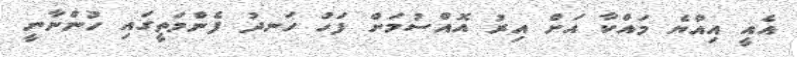
އެއީ އިއްޔެ މައްކާ އަށް އިރު އޮއްސުމަށް ފަހު ހަނދު ފެންމަތީގައި ހުންނާނީ